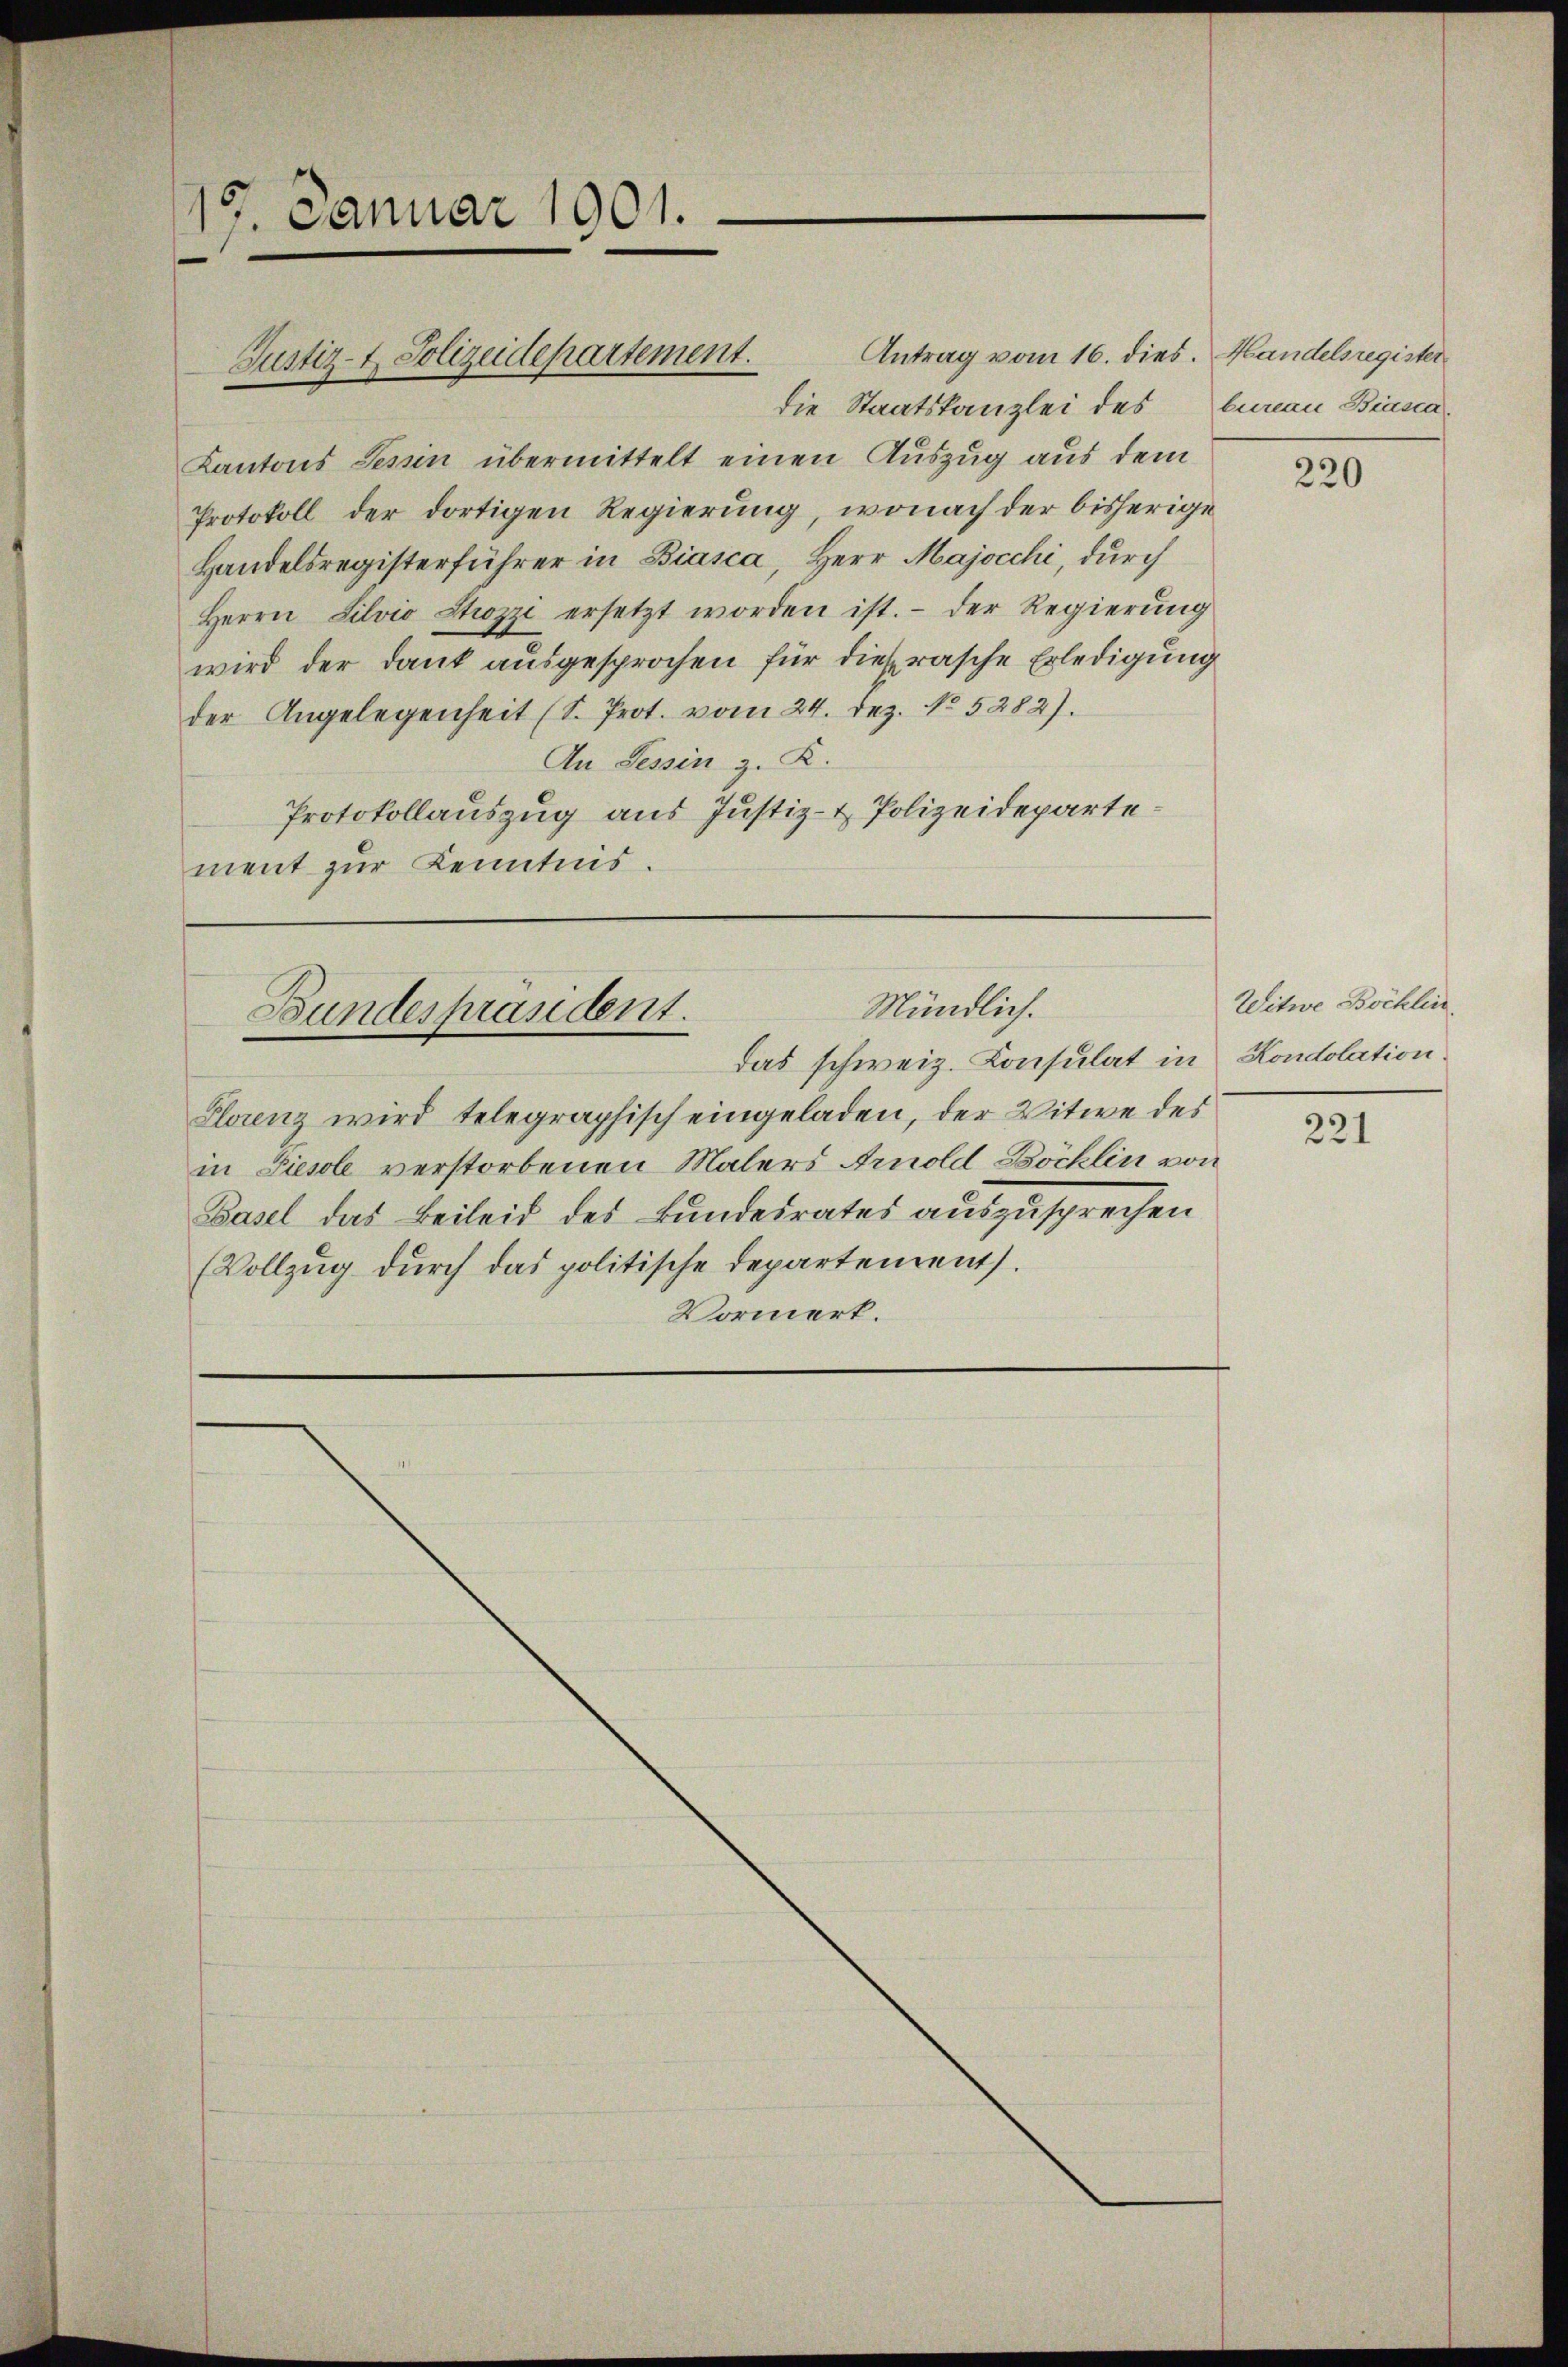
Januar 1901.

Antrag vom 16. dies. Handelsregister
die Staatskanzlei des
Kantons Tessin übermittelt einen Auszug aus dem
Protokoll der dortigen Regierung, wonach der bisherige
Handelsregisterführer in Biasca, Herr Majocchi, durch
Herrn Silvio Stozzi ersetzt worden ist. - Der Regierung
wird der Dank ausgesprochen für dies rasche Erledigung
der Angelegenheit (S. Prot. vom 24. Dez. No. 5282).
An Tessin z. K.
Protokollauszug aus Justiz- & Polizeidepartement zur Kenntnis.

Justiz- & Polizeidepartement.

Mündlich.
Bundespräsident.
Das schweiz. Konsulat in Kondolation.

Florenz wird telegraphisch eingeladen, der Witwe des
in Diesele verstorbenen Malers Arnold Böcklin von
Basel das Beileid des Bundesrates auszusprechen
(Vollzug durch das politische Departement.
Vormerk.

bureau Biasca.

Witwe Böchlin
221

220